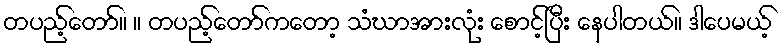
တပည့်တော်။ ။ တပည့်တော်ကတော့ သံဃာအားလုံး စောင့်ပြီး နေပါတယ်။ ဒါပေမယ့်